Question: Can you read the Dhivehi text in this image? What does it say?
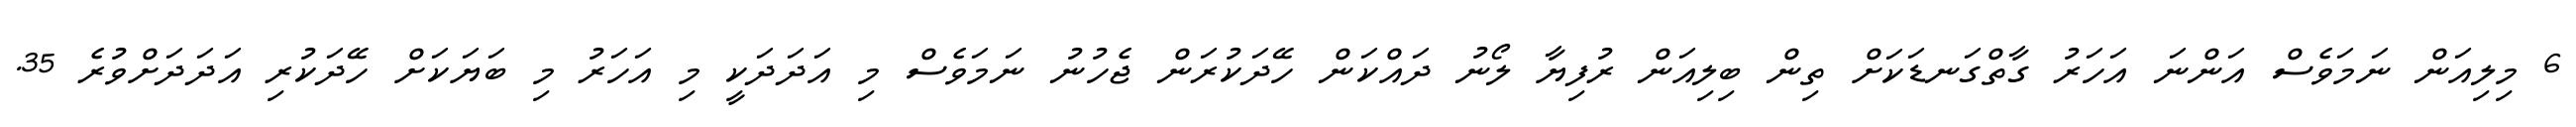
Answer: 6 މިލިއަން ނަމަވެސް އަންނަ އަހަރު ގާތްގަނޑަކަށް ތިން ބިލިއަން ރުފިޔާ ލޯނު ދައްކަން ހޭދަކުރަން ޖެހުނު ނަމަވެސް މި އަދަދަކީ މި އަހަރު މި ބަޔަކަށް ހޭދަކުރި އަދަދަށްވުރެ 35.